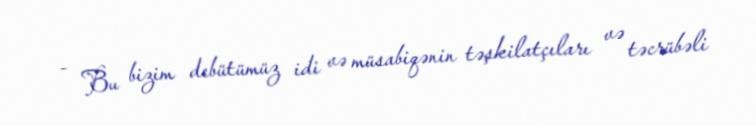
- Bu bizim debütümüz idi və müsabiqənin təşkilatçıları və təcrübəli